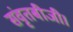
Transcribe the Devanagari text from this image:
संवृतबीजी।